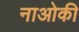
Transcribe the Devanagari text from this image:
नाओकी